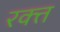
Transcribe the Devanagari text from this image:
रक्त्त